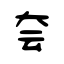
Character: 夽